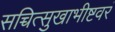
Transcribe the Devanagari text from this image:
सच्चित्सुखाभीष्टवरं